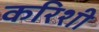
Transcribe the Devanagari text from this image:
करिशी